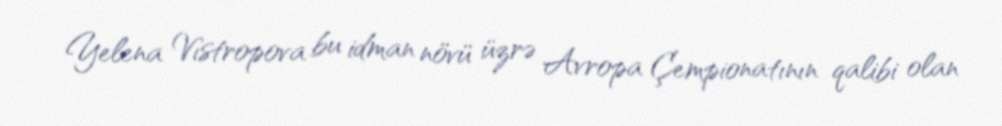
Yelena Vıstropova bu idman növü üzrə Avropa Çempionatının qalibi olan